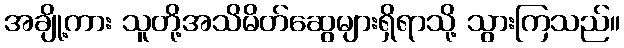
အချို့ကား သူတို့အသိမိတ်ဆွေများရှိရာသို့ သွားကြသည်။